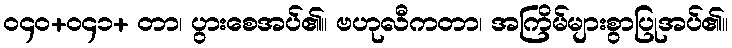
ဝ၄၀+ဝ၄၁+ တာ၊ ပွားစေအပ်၏။ ဗဟုလီကတာ၊ အကြိမ်များစွာပြုအပ်၏။